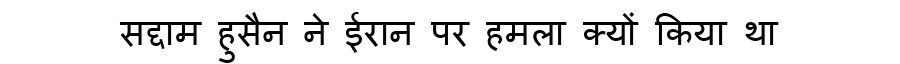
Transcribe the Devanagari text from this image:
सद्दाम हुसैन ने ईरान पर हमला क्यों किया था